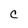
Character: c